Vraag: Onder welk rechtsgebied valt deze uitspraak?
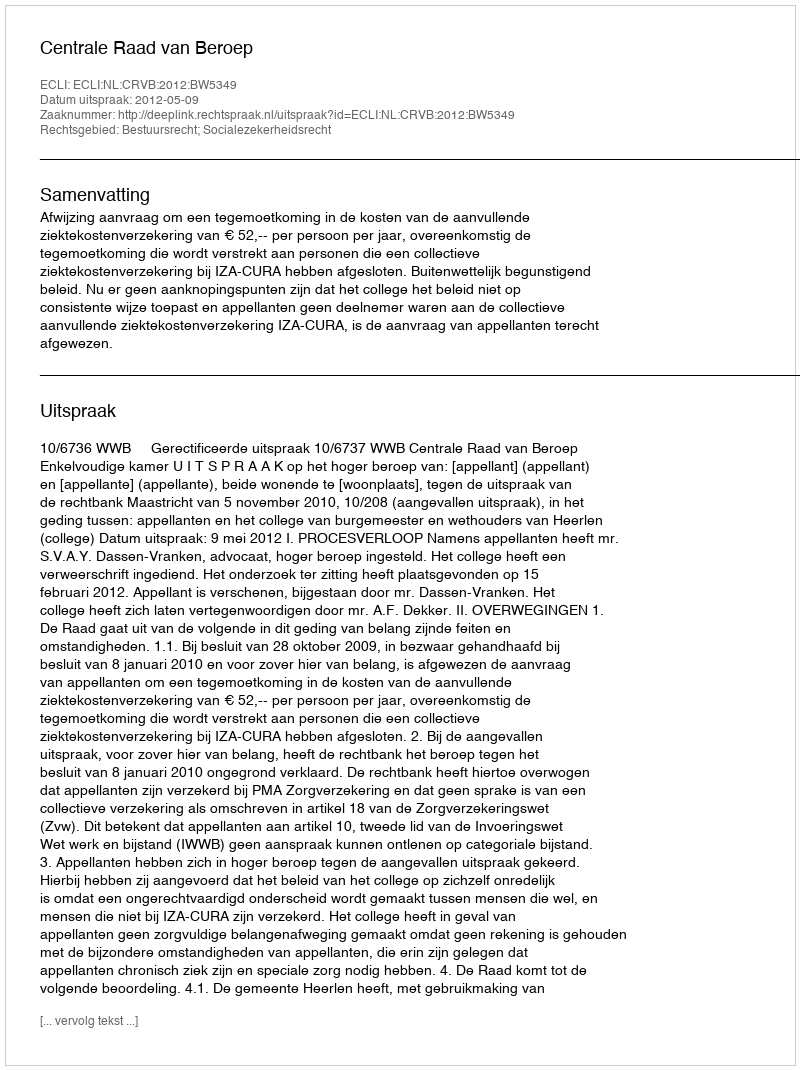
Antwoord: Bestuursrecht; Socialezekerheidsrecht